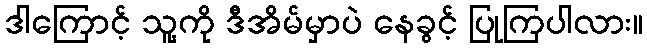
ဒါကြောင့် သူ့ကို ဒီအိမ်မှာပဲ နေခွင့် ပြုကြပါလား။